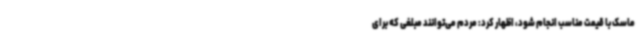
ماسک با قیمت مناسب انجام شود، اظهار کرد: مردم می‌توانند مبلغی که برای